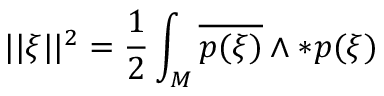
| | \xi | | ^ { 2 } = { \frac { 1 } { 2 } } \int _ { M } \overline { { { p ( \xi ) } } } \wedge * p ( \xi )